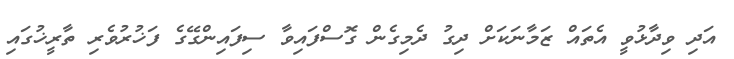
އަދި ވިދާޅުވީ އެތައް ޒަމާނަކަށް ދިގު ދެމިގެން ގޮސްފައިވާ ސިފައިންގޭގެ ފަޚުރުވެރި ތާރީޚުގައި